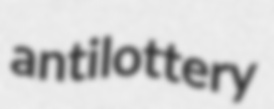
antilottery